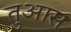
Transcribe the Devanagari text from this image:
तुआस